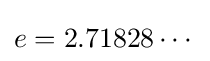
e=2.71828\cdots